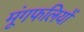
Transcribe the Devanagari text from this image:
मूंगफलियों